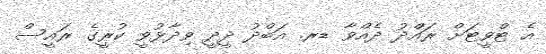
އެ ޓްވީޓަށް ރައްދު ދެއްވާ ޑރ. އަބްދު ދީދީ ވިދާޅުވީ ކުރީގެ ރައީސް